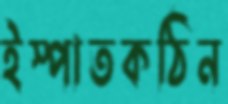
ইস্পাতকঠিন